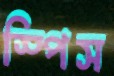
স্পিস